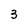
Character: 3